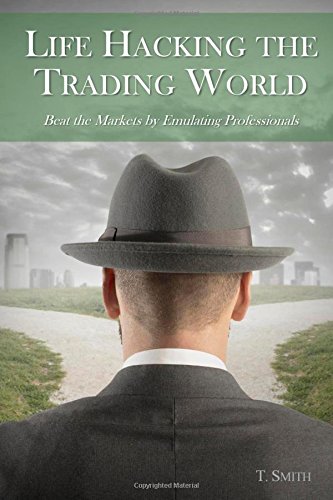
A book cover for Life Hacking the Trading World: Beat the Markets by Emulating Professionals; T Smith; Business & Money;